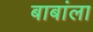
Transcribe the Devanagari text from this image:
बाबांला